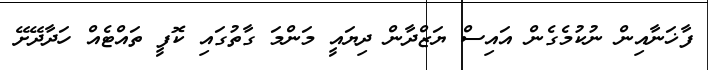
ފާޚަނާއިން ނުކުމެގެން އައިސް ޔަޒްދާން ދިޔައީ މަންމަ ގާތުގައި ކޮފީ ތައްޓެއް ހަދާދޭށޭ